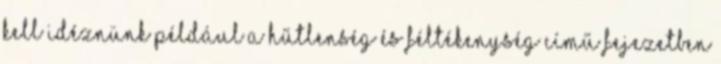
kell idéznünk például a Hűtlenség és féltékenység című fejezetben